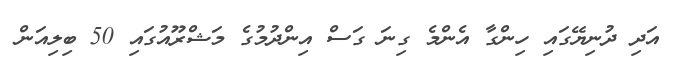
އަދި ދުނިޔޭގައި ހިންގާ އެންމެ ގިނަ ގަސް އިންދުމުގެ މަޝްރޫއުގައި 50 ބިލިއަން